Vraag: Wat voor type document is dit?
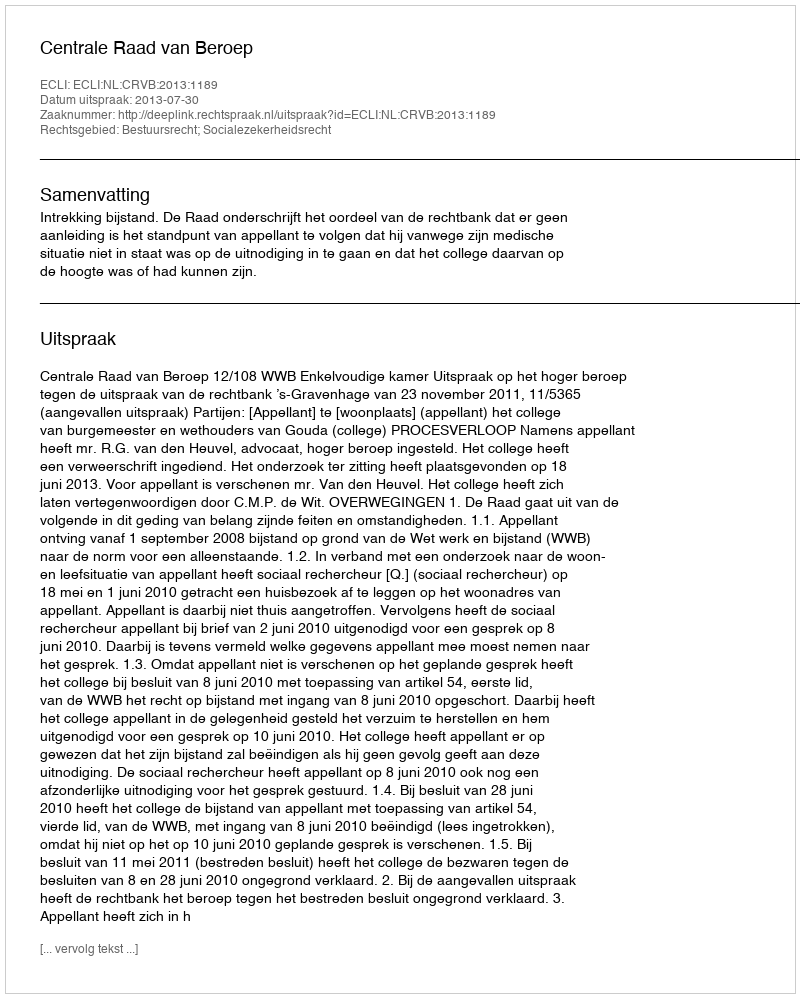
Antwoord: Uitspraak